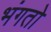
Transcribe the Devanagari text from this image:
भंगतो